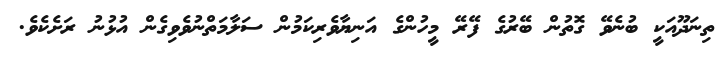
ތިނަދޫއަކީ ބުނެވޭ ގޮތުން ބޭރުގެ ފޭރޭ މީހުންގެ އަނިޔާވެރިކަމުން ސަލާމަތްނުވެވިގެން އުޅުނު ރަށެކެވެ.